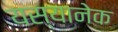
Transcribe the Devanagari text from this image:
यस्यानेक